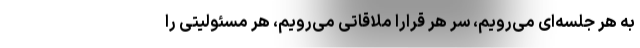
به هر جلسه‌ای می‌رویم، سر هر قرارا ملاقاتی می‌رویم، هر مسئولیتی را